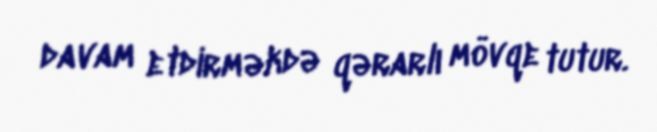
davam etdirməkdə qərarlı mövqe tutur.